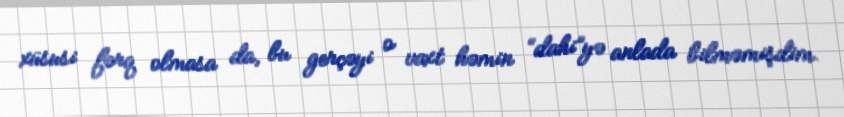
xüsusi fərq olmasa da, bu gerçəyi o vaxt həmin “dahi”yə anlada bilməmişdim.